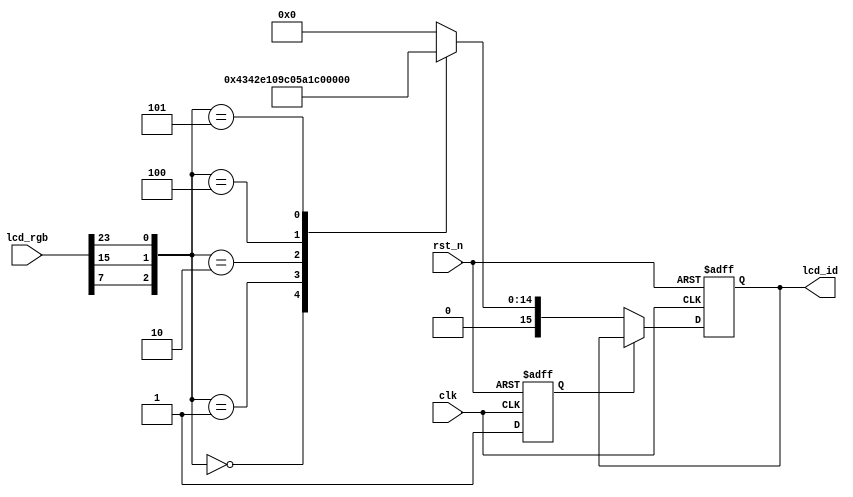
//****************************************Copyright (c)***********************************//
//www.yuanzige.com
//www.openedv.com
//http://openedv.taobao.com 
//""ZYNQ & FPGA & STM32 & LINUX
//
//Copyright(C)  2018-2028
//All rights reserved                               
//----------------------------------------------------------------------------------------
// File name:           rd_id
// Last modified Date:  2019/8/07 10:41:06
// Last Version:        V1.0
// Descriptions:        LCD ID
//----------------------------------------------------------------------------------------
// Created by:          
// Created date:        2019/8/07 10:41:06
// Version:             V1.0
// Descriptions:        The original version
//
//----------------------------------------------------------------------------------------
//****************************************************************************************//

module rd_id(
    input                   clk    ,    //
    input                   rst_n  ,    //
    input           [23:0]  lcd_rgb,    //RGB LCD,ID
    output   reg    [15:0]  lcd_id     //LCDID
    );

//reg define
reg            rd_flag;  //ID

//*****************************************************
//**                    main code
//*****************************************************

//LCD ID   M2:B7  M1:G7  M0:R7
always @(posedge clk or negedge rst_n) begin
    if(!rst_n) begin
        rd_flag <= 1'b0;
        lcd_id <= 16'd0;
    end    
    else begin
        if(rd_flag == 1'b0) begin
            rd_flag <= 1'b1; 
            case({lcd_rgb[7],lcd_rgb[15],lcd_rgb[23]})
                3'b000 : lcd_id <= 16'h4342;    //4.3' RGB LCD  RES:480x272
                3'b001 : lcd_id <= 16'h7084;    //7'   RGB LCD  RES:800x480
                3'b010 : lcd_id <= 16'h7016;    //7'   RGB LCD  RES:1024x600
                3'b100 : lcd_id <= 16'h4384;    //4.3' RGB LCD  RES:800x480
                3'b101 : lcd_id <= 16'h1018;    //10'  RGB LCD  RES:1280x800
                default : lcd_id <= 16'd0;
            endcase    
        end
    end    
end

endmodule